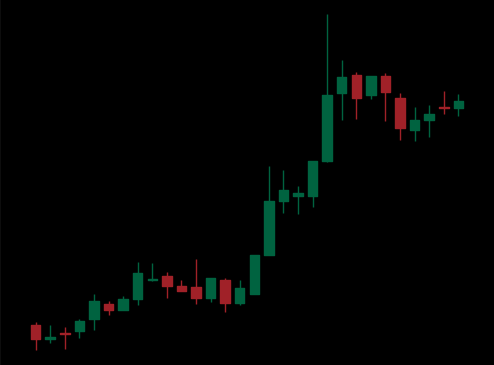
Pattern: unclassified